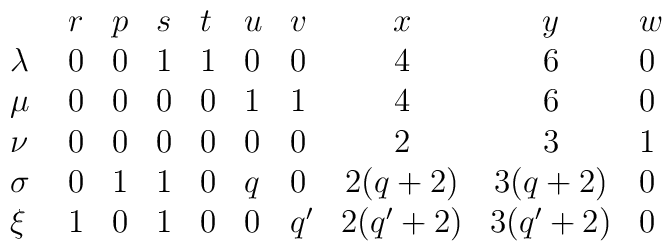
\begin{array}{lllllllccl}         & r  & p & s & t & u & v & x & y & w \\\lambda\ & 0  & 0 & 1 & 1 & 0 & 0 & 4 & 6 & 0 \\\mu\     & 0  & 0 & 0 & 0 & 1 & 1 & 4 & 6 & 0 \\\nu\     & 0  & 0 & 0 & 0 & 0 & 0 & 2 & 3 & 1 \\\sigma\  & 0  & 1 & 1 & 0 & q & 0 & 2(q+2) & 3(q+2) & 0 \\\xi\     & 1  & 0 & 1 & 0 & 0 & q^{\prime}& 2(q^{\prime}+2) & 3(q^{\prime}+2) & 0 \\\end{array}